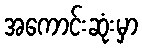
အကောင်းဆုံးမှာ